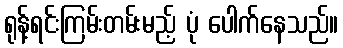
ရုန့်ရင်းကြမ်းတမ်းမည့် ပုံ ပေါက်နေသည်။